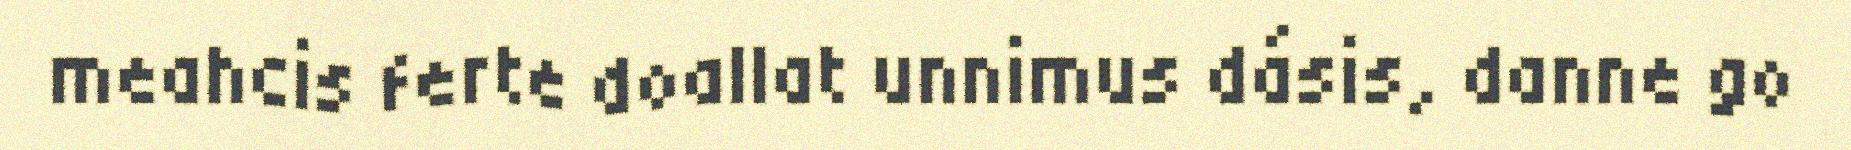
meahcis ferte doallat unnimus dásis, danne go